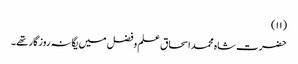
(۱۱)
حضرت شاہ محمد اسحاق علم وفضل میں یگانہ روزگار تھے۔